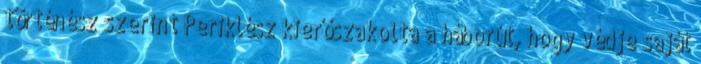
történész szerint Periklész kierőszakolta a háborút, hogy védje saját